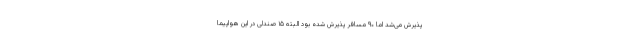
پذیرش می‌شد اما ۹۰ مسافر پذیرش شده بود البته ۱۵ صندلی در این هواپیما